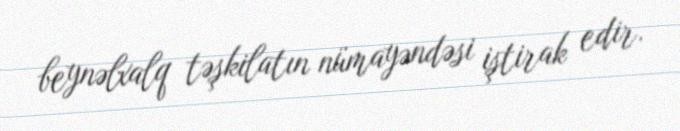
beynəlxalq təşkilatın nümayəndəsi iştirak edir.